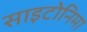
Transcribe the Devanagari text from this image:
साइटोनिमा